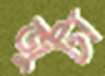
জুটা